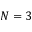
N = 3